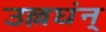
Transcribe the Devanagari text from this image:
उल्लघंन्